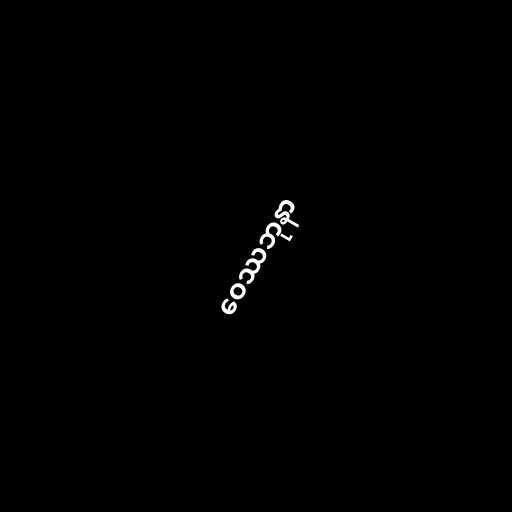
ဝေဿဘုနာ